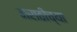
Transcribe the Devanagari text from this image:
मराठीच्‍या